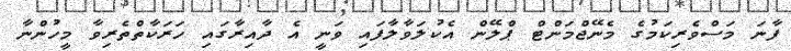
ފާނަ މަސްވެރިކަމުގެ މެނޭޖްމަންޓް ޕްލޭން އެކުލަވާލާފައި ވަނީ އެ ދާއިރާގައި ހަރަކާތްތެރިވާ މީހުންނާ